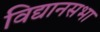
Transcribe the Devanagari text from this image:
विद्यानसभा